Juri_Uluots, lk 48
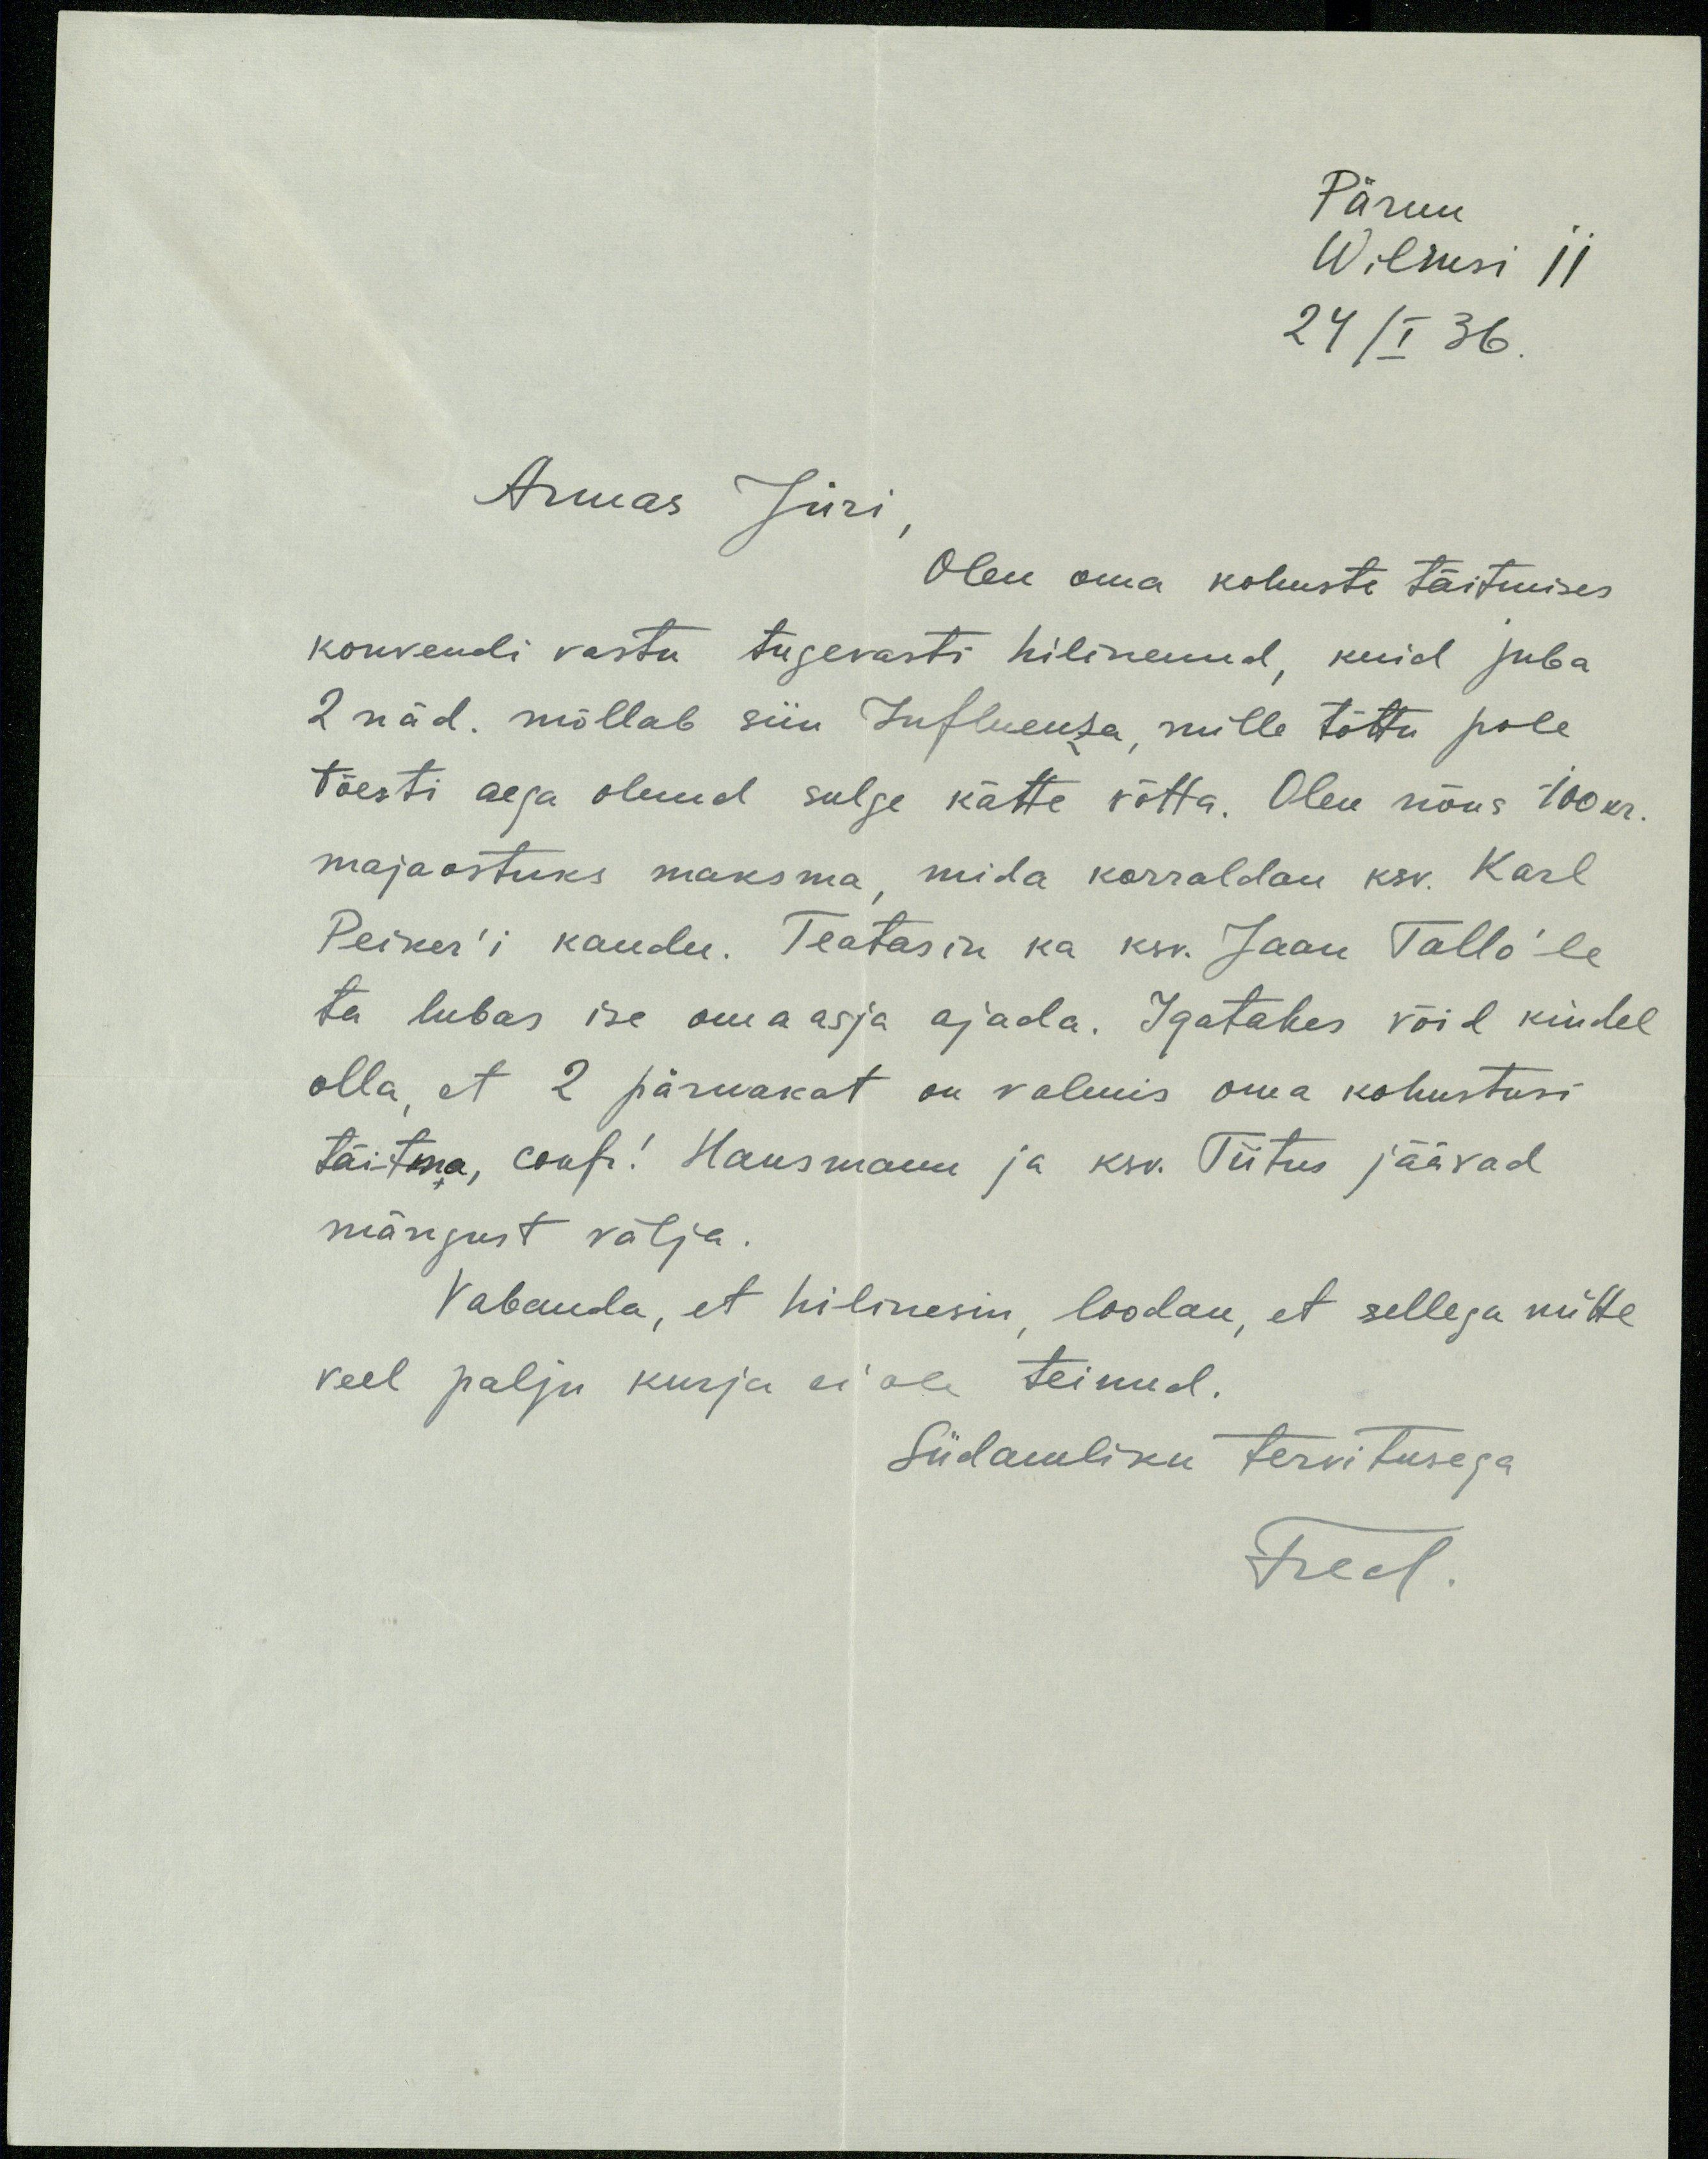
Pärnu
Wilmsi 11
24/I 36
Armas Jüri
Olen oma kohuste täitmises
konvendi vastu tugevasti hilinenud, kuid juba
2 näd. möllab siin Influenza, mille tõttu pole
tõesti aega olnud sulge kätte võtta. Olen nõus 100kr
majaostuks maksma, mida korraldan ksv. Karl
Peiker'i kaudu. Teatasin ka ksv. Jaan Tallo'le
ta lubas ise oma asja ajada. Igatahes võid kindel
olla, et 2 pärnakat on valmis oma kohustusi
täitma, confr! Hansmann ja ksv. Tiitus jäävad
mängust välja
Vabanda, et hilinesin, loodan, et sellega mitte
veel palju kurja ei ole teinud.
Südamliku tervitusega
Fred